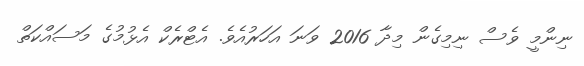
ނިންމީ ވެސް ނިމިގެން މިދާ 2016 ވަނަ އަހަރުއެވެ. އެޓްރެކް އެޅުމުގެ މަސައްކަތް